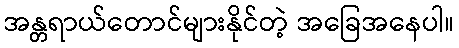
အန္တရာယ်တောင်များနိုင်တဲ့ အခြေအနေပါ။